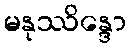
မနုဿိန္ဒော